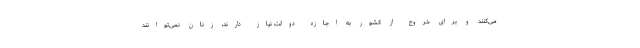
می‌کنند و برای خروج از کشور به اجازه دولت نیاز دارند، زنان نمی‌توانند